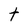
Character: t